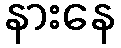
နားနေ